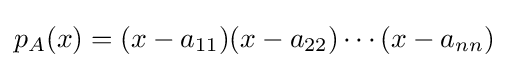
p_{A}(x)=(x-a_{11})(x-a_{22})\cdots (x-a_{nn})